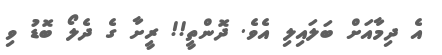
އެ ދިމާއަށް ބަލައިލި އެވެ. ދޮންތީ!! ރީށާ ގެ ދެލޯ ބޮޑު ވި